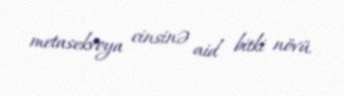
metasekvoya cinsinə aid bitki növü.